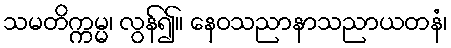
သမတိက္ကမ္မ၊ လွန်၍။ နေဝသညာနာသညာယတနံ၊